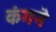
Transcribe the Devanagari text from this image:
कंगने